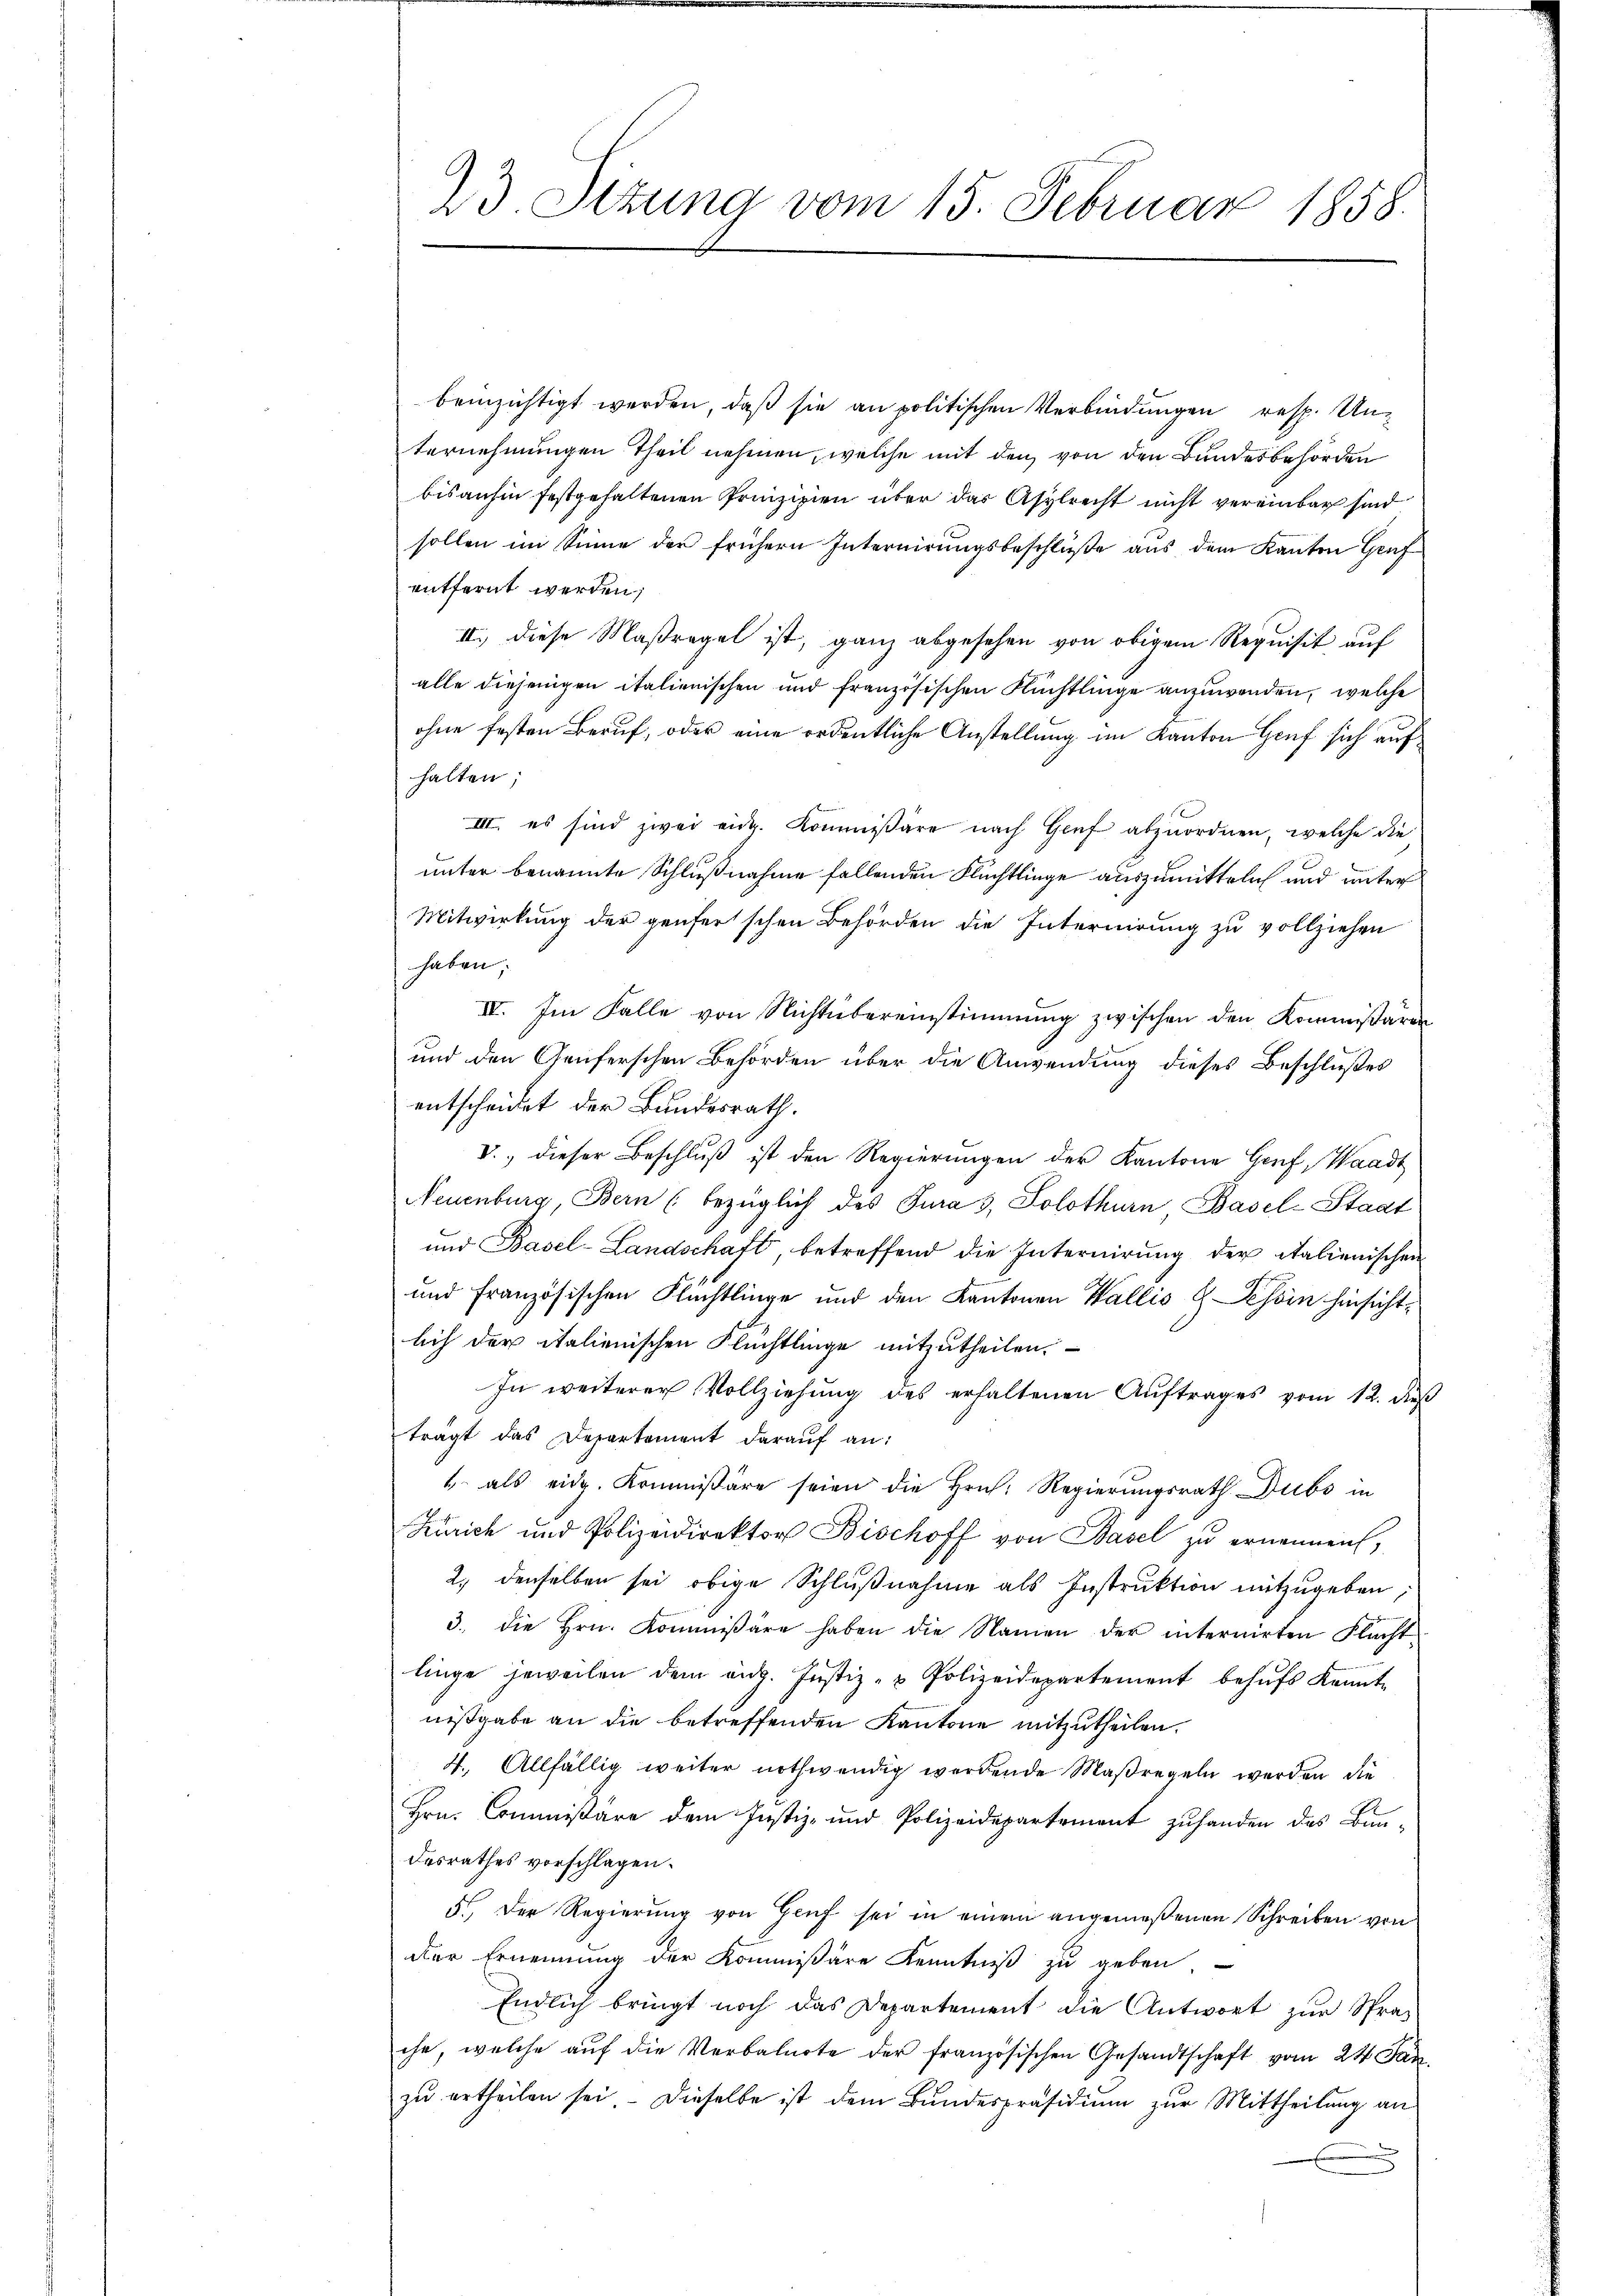
23. Setzung vom 15. Februar 1858.

beinzichtigt werden, daß sie an politischen Verbindungen resp. Unternehmungen Theil nehmen, welche mit den von den Bundesbehörden
bisanhin festgehaltenen Prinzipien über das Asylrecht nicht vereinbar sind
sollen im Sinne der frühern Internirungsbeschlüße aus dem Kanton Genf
entfernt werden;
II.) diese Maßregel ist, ganz abgesehen von obigem Requisit auf
alle diejenigen italienischen und französischen Flüchtlinge anzuwenden, welche
ohne festen Beruf, oder eine ordentliche Anstellung im Kanton Genf sich auf
halten;
III. es sind zwei eidg. Kommissäre nach Genf abzuordnen, welche die
unter benannte Schlußnahme fallenden Flüchtlinge auszumitteln und unter
Mitwirkung der genserschen Behörden die Internirung zu vollziehen
haben;
IV. Im Falle von Nichtübereinstimmung zwischen den Kommißären
und den Genferschen Behörden über die Anwendung dieses Beschlußes
entscheidet der Bundesrath.
V., dieser Beschluß ist den Regierungen der Kantone Genf, Waadt
Neuenburg, Bern (bezüglich des Jura 3, Solothurn Basel-Stadt
und Basel-Landschaft, betreffend die Internirung der italienischen
und französischen Flüchtlinge und den Kantonen Wallis H. Tessin hinsichtlich der italienischen Flüchtlinge mitzutheilen.
In weiterer Vollziehung des erhaltenen Auftrages vom 12. daß
trägt das Departement darauf an:
4 als eidg. Kommissäre seien die Hrn. Regierungsrath Dubs in
Zürich und Polizeidirektor Bischoff von Basel zu ernennen,
2. denselben sei obige Schlußnahme als Instruktion mitzugeben;
3. die Hrn. Kommißäre haben die Namen der internirten Flachtlinge jeweilen dem eidg. Justiz- & Polizeidepartement behufs Kenntnißgabe an die betreffenden Kantone mitzutheilen.
4. Allfällig weiter nothwendig werdende Maßregeln werden die
Hrn. Commissäre dem Justiz- und Polizeidepartement zuhanden das Bun-
desrathes vorschlagen.
5. Der Regierung von Genf sei in einem angemeßenen Schreiben von
der Ernennung der Kommißäre Kenntniß zu geben
Endlich bringt noch das Departement die Antwort zur Sprache, welche auf die Verbalnote der französischen Gesandtschaft vom 24 Jan.
zu ertheilen sei. Dieselbe ist dem Bundespräsidium zur Mittheilung an